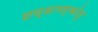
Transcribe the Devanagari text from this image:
शण्डामर्कोतु